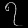
Digit: ၇